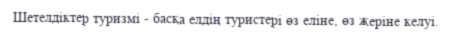
Шетелдіктер туризмі - басқа елдің туристері өз еліне, өз жеріне келуі.